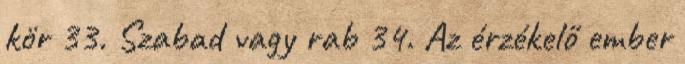
kör 33. Szabad vagy rab 34. Az érzékelő ember